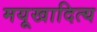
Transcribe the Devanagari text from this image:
मयूखादित्य